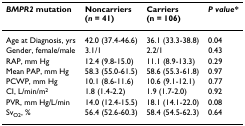
| BMPR2 mutation | Noncarriers(n = 41) | Carriers(n = 106) | P value* |
 | --- | --- | --- | --- |
 | Age at Diagnosis, yrs | 42.0 (37.4-46.6) | 36.1 (33.3-38.8) | 0.04 |
 | Gender, female/male | 3.1/1 | 2.2/1 | 0.43 |
 | RAP, mm Hg | 12.4 (9.8-15.0) | 11.1 (8.9-13.3) | 0.29 |
 | Mean PAP, mm Hg | 58.3 (55.0-61.5) | 58.6 (55.3-61.8) | 0.97 |
 | PCWP, mm Hg | 10.1 (8.6-11.6) | 10.6 (9.1-12.1) | 0.77 |
 | CI, L/min/m2 | 1.8 (1.4-2.2) | 1.9 (1.7-2.0) | 0.92 |
 | PVR, mm Hg/L/min | 14.0 (12.4-15.5) | 18.1 (14.1-22.0) | 0.08 |
 | SvO2, % | 56.4 (52.6-60.3) | 58.4 (54.5-62.3) | 0.64 |